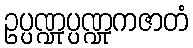
ဥပ္ပဏ္ဍုပ္ပဏ္ဍုကဇာတံ